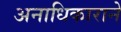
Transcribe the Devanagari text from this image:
अनाधिकाराने